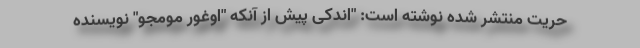
حریت منتشر شده نوشته است: "اندکی پیش از آنکه "اوغور مومجو" نویسنده